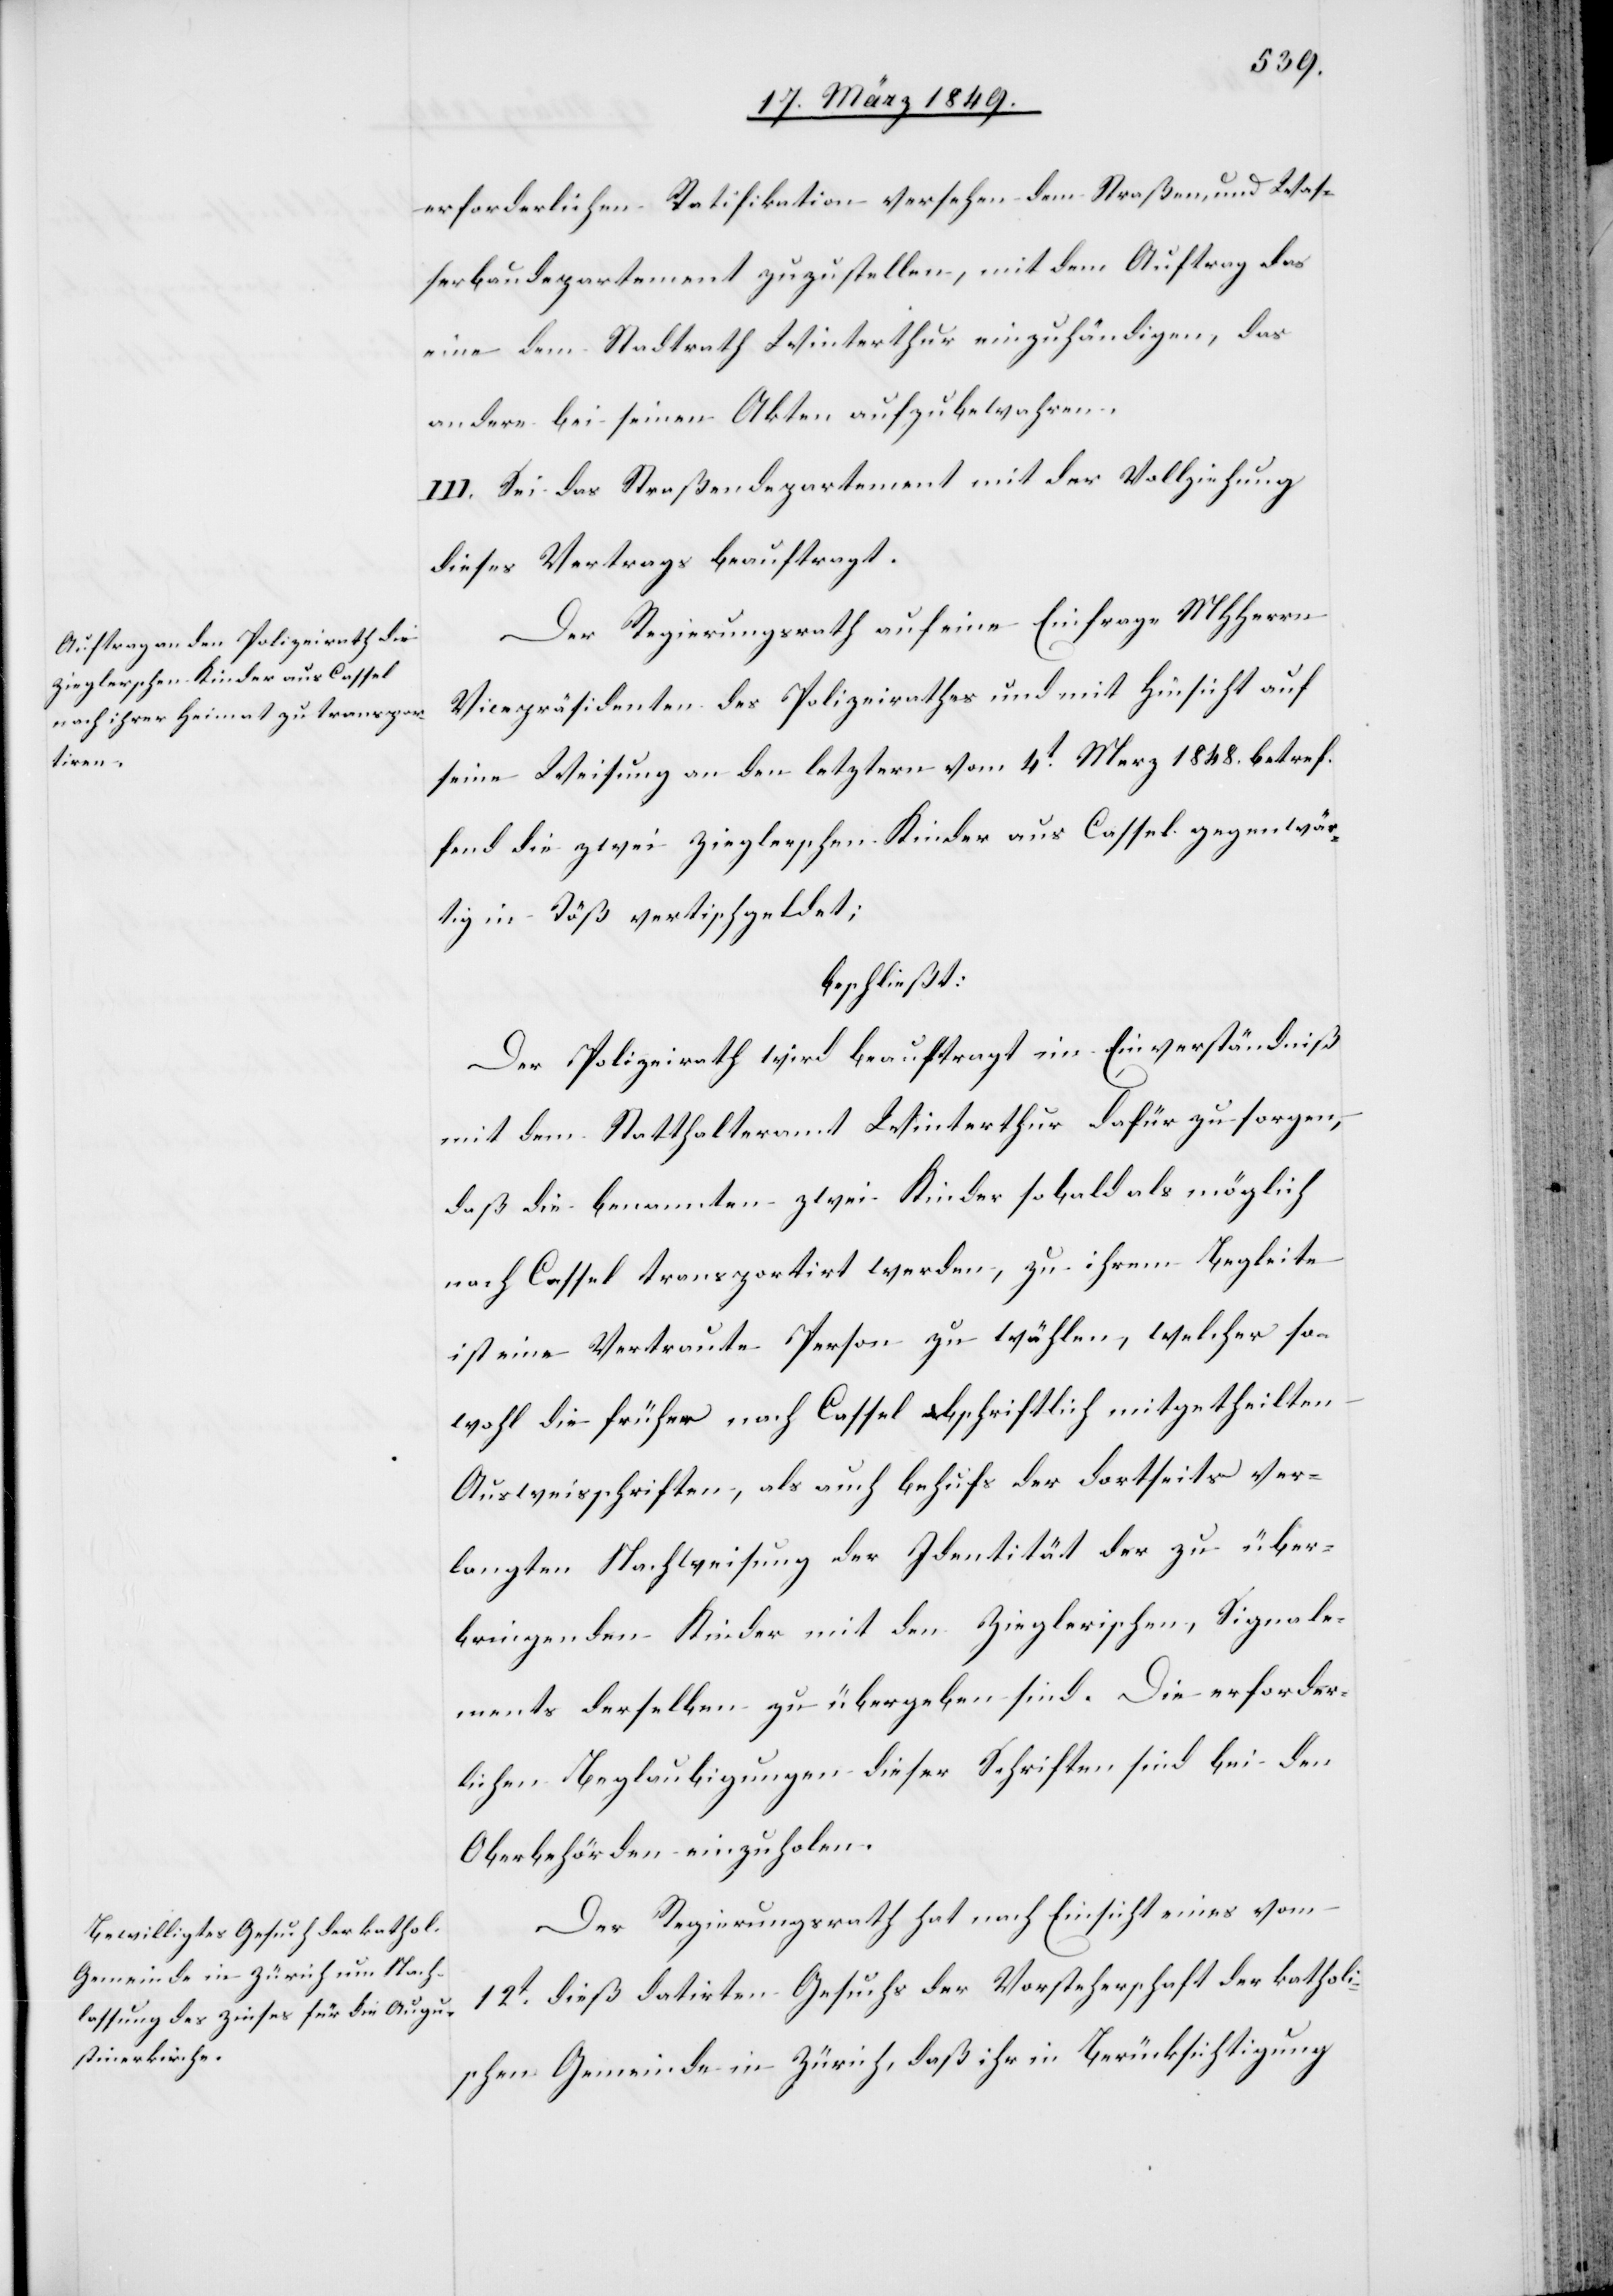
erforderlichen Ratifikation versehen dem Straßen- und Was¬
serbaudepartement zuzustellen, mit dem Auftrag das
eine dem Stadtrath Winterthur einzuhändigen, das
andere bei seinen Akten aufzubewahren.
III. Sei das Straßendepartement mit der Vollziehung
dieses Vertrags beauftragt.
Der Regierungsrath auf eine Einfrage MHHerrn
Vicepräsidenten des Polizeirathes und mit Hinsicht auf
seine Weisung an den letztern vom 4t. Merz 1848. betref¬
fend die zwei Zieglerschen Kinder aus Cassel gegenwär¬
tig in Töß vertischgeldet;
beschließt:
Der Polizeirath wird beauftragt im Einverständniß
mit dem Statthalteramt Winterthur dafür zu sorgen,
daß die benannten zwei Kinder sobald als möglich
nach Cassel transportirt werden, zu ihrem Begleite
ist eine Vertraute Person zu wählen, welcher so¬
wohl die früher nach Cassel abschriftlich mitgetheilten
Ausweisschriften, als auch behufs der dortseits ver¬
langten Nachweisung der Identität der zu über¬
bringenden Kinder mit den Zieglerischen, Signale¬
ments derselben zu übergeben sind. Die erforder¬
lichen Beglaubigungen dieser Schriften sind bei den
Oberbehörden einzuholen.
Der Regierungsrath hat nach Einsicht eines vom
12t. dieß datirten Gesuchs der Vorsteherschaft der katholi¬
schen Gemeinde in Zürich, daß ihr in Berücksichtigung